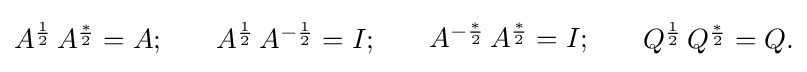
{\begin{matrix}A^{\frac {1}{2}}\,A^{\frac {*}{2}}=A;\end{matrix}}\qquad {\begin{matrix}A^{\frac {1}{2}}\,A^{-{\frac {1}{2}}}=I;\end{matrix}}\qquad {\begin{matrix}A^{-{\frac {*}{2}}}\,A^{\frac {*}{2}}=I;\end{matrix}}\qquad {\begin{matrix}Q^{\frac {1}{2}}\,Q^{\frac {*}{2}}=Q.\end{matrix}}